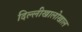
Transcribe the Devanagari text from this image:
दिल्लीखालोखाल